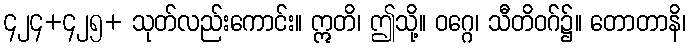
၄၂၄+၄၂၅+ သုတ်လည်းကောင်း။ ဣတိ၊ ဤသို့။ ဝဂ္ဂေ၊ သီတိဝဂ်၌။ တောတာနိ၊